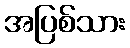
အပြစ်သား